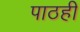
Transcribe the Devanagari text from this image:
पाठही